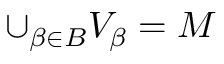
\cup _ { \beta \in B } V _ { \beta } = M